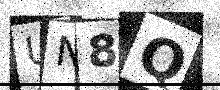
Text: UN8Q